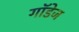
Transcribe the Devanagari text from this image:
गॉडेज